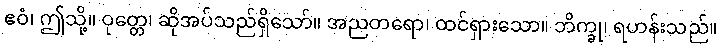
ဧဝံ၊ ဤသို့။ ဝုတ္တေ၊ ဆိုအပ်သည်ရှိသော်။ အညတရော၊ ထင်ရှားသော။ ဘိက္ခု၊ ရဟန်းသည်။